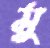
মু